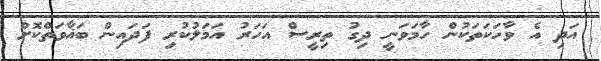
އަދި އެ ވާހަކަތަކުން ހާމަވަނީ ދިގު ތިރީސް އަހަރު އަމަލުކުރި ފަދައިން ބަޣާވަތްކޮށް